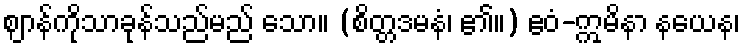
ဈာန်ကိုသာခုန်သည်မည် သော။ (စိတ္တဒမနံ၊ ၏။) ဧဝံ-ဣမိနာ နယေန၊